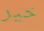
خير